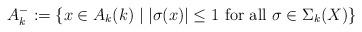
LaTeX: \begin{align*} A_k^-:=\{x\in A_k(k)\mid|\sigma(x)|\le1\text{ for all }\sigma\in\Sigma_k(X)\}\end{align*}